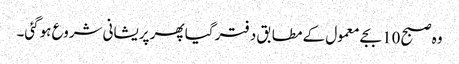
وہ صبح 10 بجے معمول کے مطابق دفتر گیا پھر پریشانی شروع ہوگئی۔